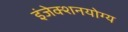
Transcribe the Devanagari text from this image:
इंजेक्शनयोग्य